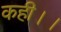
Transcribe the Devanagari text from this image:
कही।।